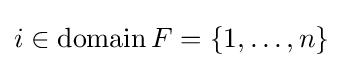
i\in \operatorname {domain} F=\left\{1,\ldots ,n\right\}